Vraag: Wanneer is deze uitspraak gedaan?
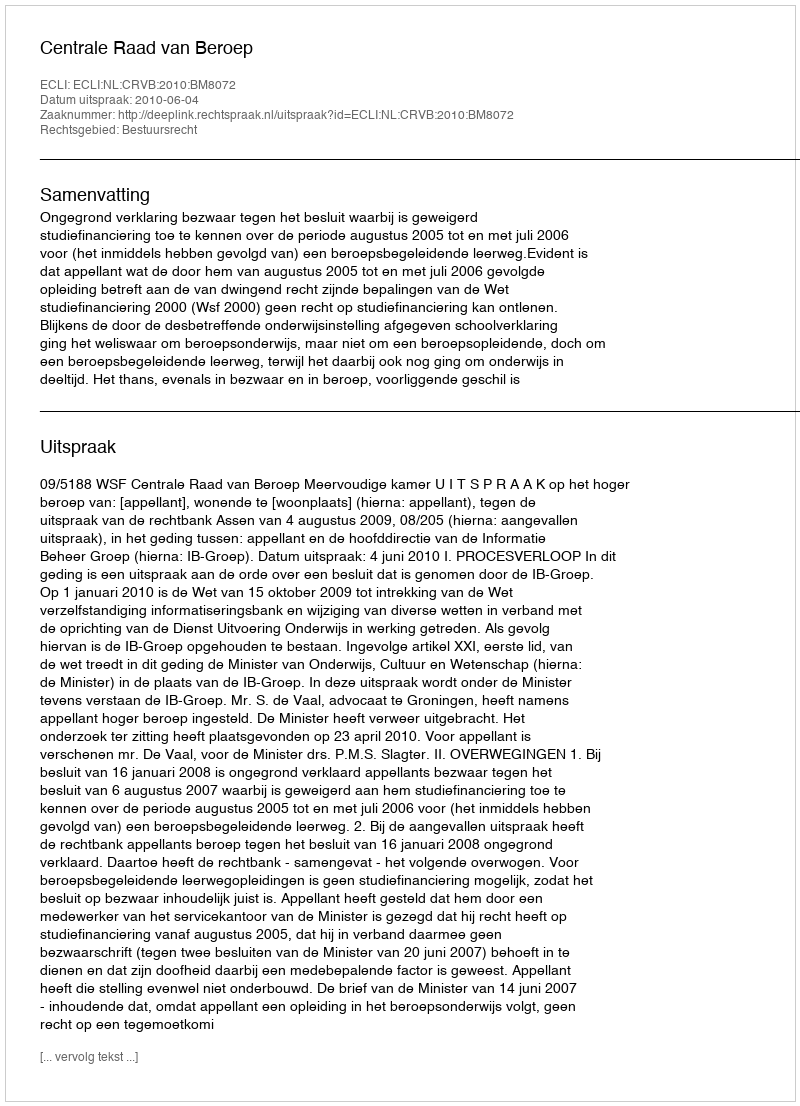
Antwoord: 2010-06-04